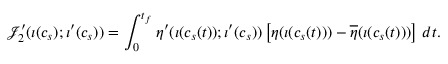
\mathcal { J } _ { 2 } ^ { \prime } ( \iota ( c _ { s } ) ; \iota ^ { \prime } ( c _ { s } ) ) = \int _ { 0 } ^ { t _ { f } } \eta ^ { \prime } ( \iota ( c _ { s } ( t ) ) ; \iota ^ { \prime } ( c _ { s } ) ) \left[ \eta ( \iota ( c _ { s } ( t ) ) ) - \overline { { \eta } } ( \iota ( c _ { s } ( t ) ) ) \right] \, d t .